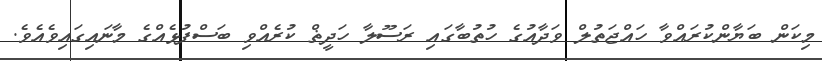
މިކަން ބަޔާންކުރައްވާ ހައްޖަތުލް ވަދާއުގެ ހުތުބާގައި ރަސޫލާ ހަދީޡް ކުރެއްވި ބަސްފުޅެއްގެ މާނައިގައިވެއެވެ.